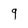
Character: 9